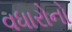
વધારોનો